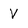
Character: V